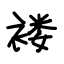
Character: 褛